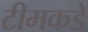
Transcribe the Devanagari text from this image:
टीमकडे